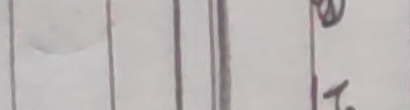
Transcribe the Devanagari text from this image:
जे